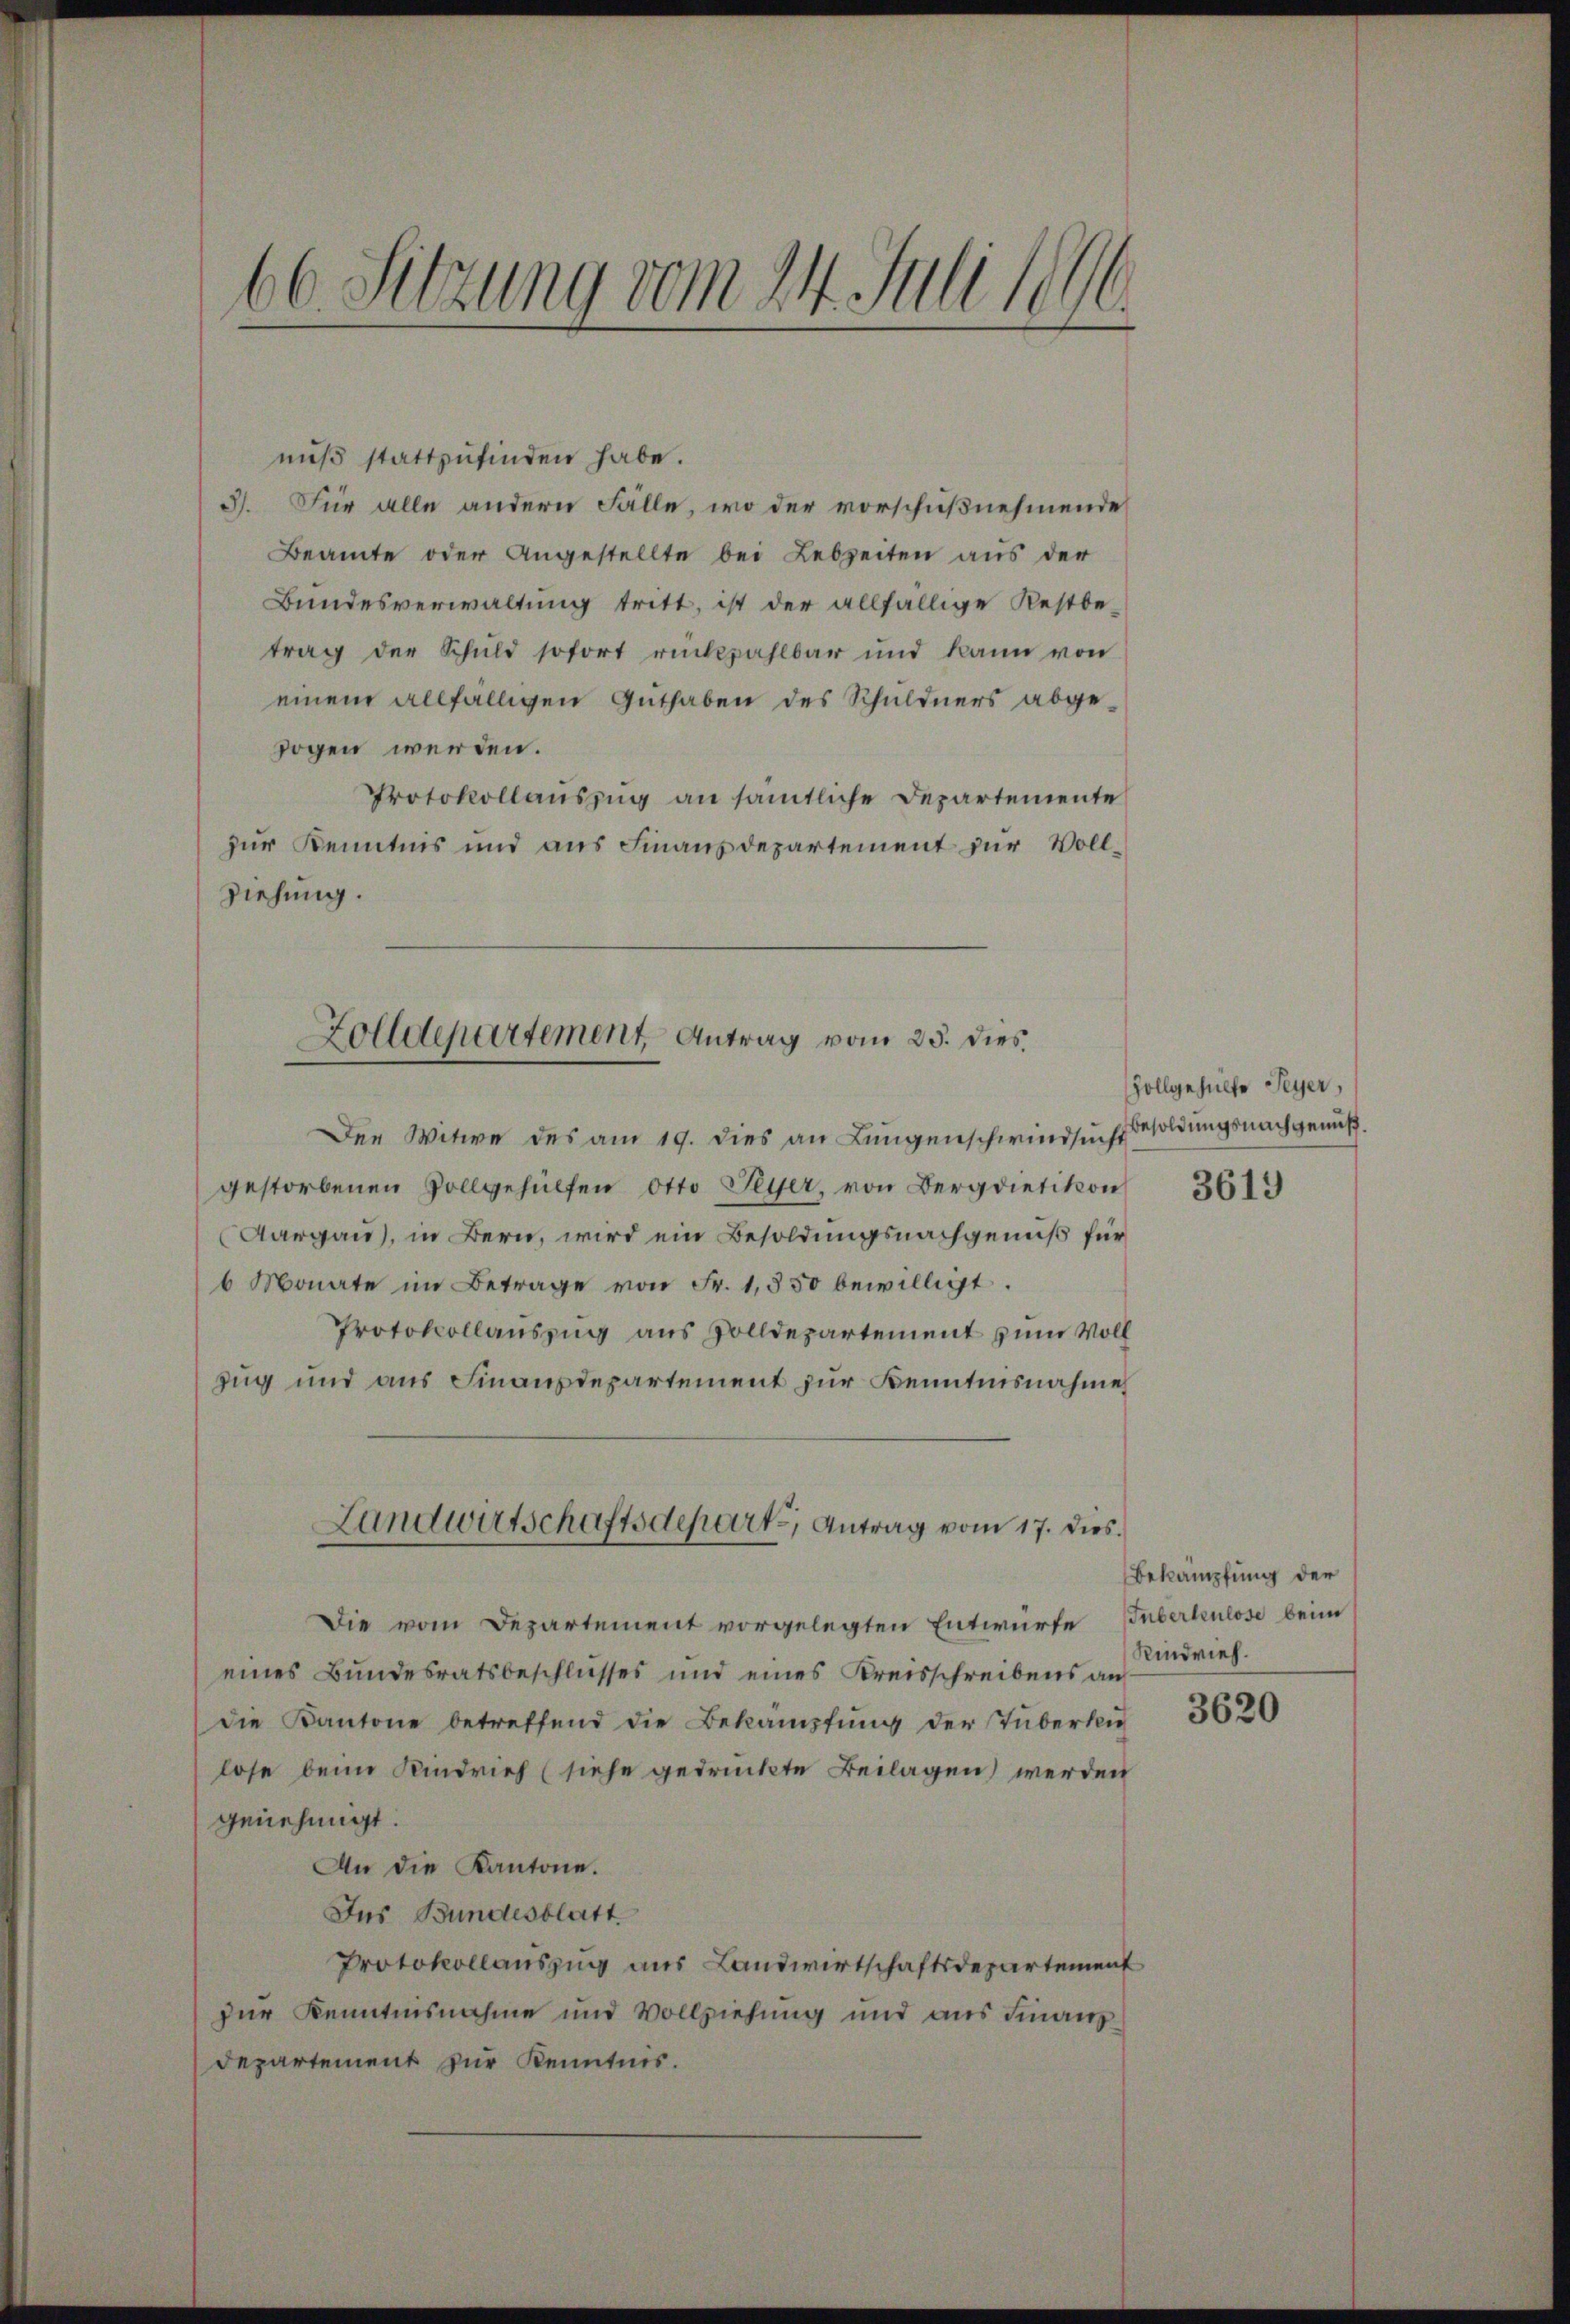
66 Sitzung vom 24. Juli 1890.

nuß stattzufinden habe.
3. Für alle andern Fälle, wo der vorschußnehmende
Beamte oder Angestellte bei Lebzeiten aus der
Bundesverwaltung tritt, ist der allfällige Restbe-
trag der Schuld sofort rückzahlbar und kann von
einem allfälligen Guthaben des Schuldners abgesogen werden.
Protokollauszug an sämtliche Departemente
zur Kenntnis und aus Finanzdepartement zur Voll¬
Ziehung.
Der Witwe des am 19. dies an Lungenschwindsucht
gestorbenen Vollgehülfen Otto Peyer, von Bergdietikon
Aargau), in Bern, wird ein Besoldungsnachgenuß für
6 Monate im Betrage von Fr. 1,550 bewilligt.
Protokollauszug aus Zolldepartement zum Voll
zug und aus Finanzdepartement zur Kenntnisnahme
Landwirtschaftsdepart, Antrag vom 17. dies
Die vom Departement vorgelegten Entwürfe
eines Bundesratsbeschlusses und eines Kreisschreibens au
die Kantone betreffend die Bekämpfung der Tuberki
lose beim Kindrich (siehe gedrückte Beilagen werden
genehmigt.
An die Kantone.
Ins Bundesblatt
Protokollauszug aus Landwirtschaftsdepartement
zur Kenntnisnahme und Vollziehung und aus Finanz¬
Departement zur Kenntnis.

Zolldepartement Antrag vom 25. dies.

Zollgehülfe Feyer,
Besoldungsnachgenuß.

3619

Bekämpfung der
Tuberkenlose beim
Rindvieh.

3620